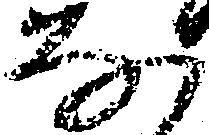
な